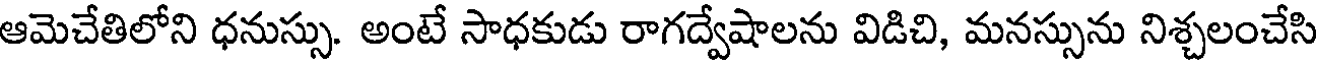
ఆమెచేతిలోని ధనుస్సు. అంటే సాధకుడు రాగద్వేషాలను విడిచి, మనస్సును నిశ్చలంచేసి